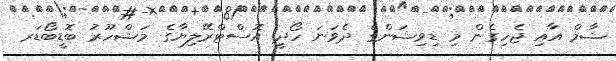
ޝާމް އާއި ޖެހިގެން މި ޑިވިޝަންގެ ދެވަނަ ހޯދީ އޮސްޓްރޭލިޔާގެ މަޝްހޫރު ބޮޑީބޯޑަރ